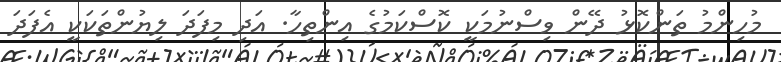
މުހިންމު ތަންކޮޅު ދޭން ވިސްނުމަކީ ކޮސްކަމުގެ އިންތިހާ. އަދި މިފަދަ ލިޔުންތަކަކީ އެފަދަ